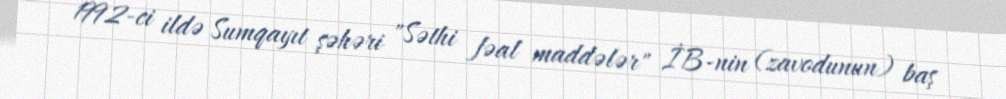
1992-ci ildə Sumqayıt şəhəri "Səthi fəal maddələr" İB-nin (zavodunun) baş